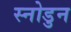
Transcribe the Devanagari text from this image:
स्नोडुन